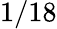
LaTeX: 1/18